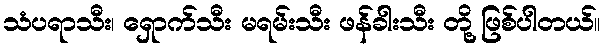
သံပရာသီး၊ ရှောက်သီး မရမ်းသီး ဖန်ခါးသီး တို့ ဖြစ်ပါတယ်။